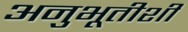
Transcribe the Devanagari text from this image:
अनुभूतीशी